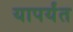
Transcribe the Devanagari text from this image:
यापर्यंत